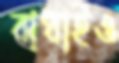
বাধাইও